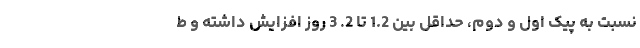
نسبت به پیک اول و دوم، حداقل بین 1.2 تا 2. 3 روز افزایش داشته و ط